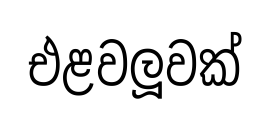
එළවලූවක්